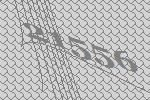
21556